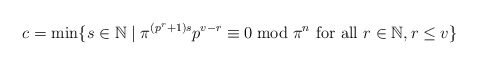
\begin{align*} c= \min \{ s \in \mathbb N \mid \pi^{ (p^r+ 1) s } p ^{ v-r} \equiv 0 \bmod \pi^{n} \textrm{ for all } r \in \mathbb N, r\leq v \}\end{align*}